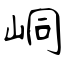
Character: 峒